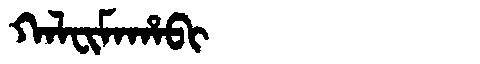
Manchu: ᡴᠠᠯᠸᡳᠮᠠᡥᠠᠪᡳ
Romanization: KALFIMAHABI